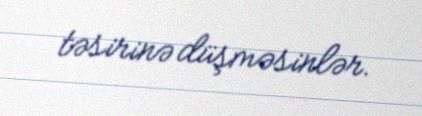
təsirinə düşməsinlər.